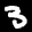
Label: 3